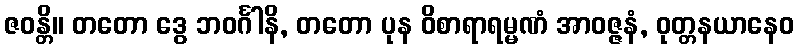
ဇဝန္တိ။ တတော ဒွေ ဘဝင်္ဂါနိ, တတော ပုန ဝိစာရာရမ္မဏံ အာဝဇ္ဇနံ, ဝုတ္တနယာနေဝ